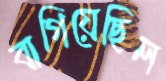
বাগিয়েছিল